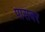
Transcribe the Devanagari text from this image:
पासवर